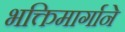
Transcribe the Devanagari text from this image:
भक्तिमार्गाने